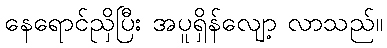
နေရောင်ညှိပြီး အပူရှိန်လျော့ လာသည်။